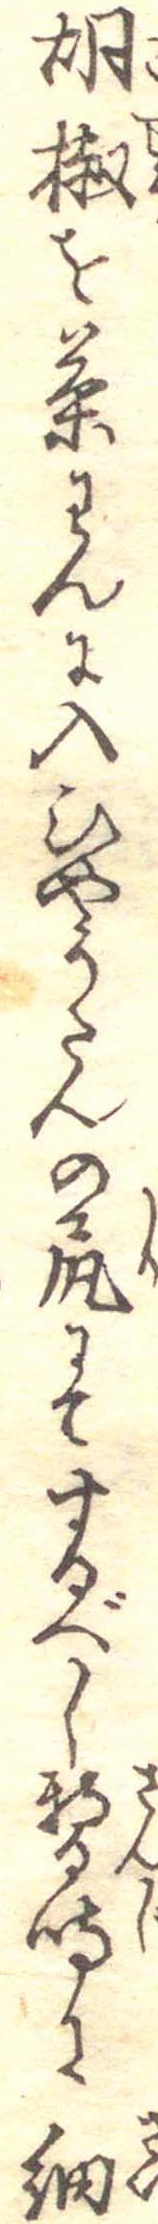
胡椒を茶わんに入ひやうたんの尻にてするべし暫時に細